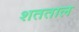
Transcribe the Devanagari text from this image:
शतताल